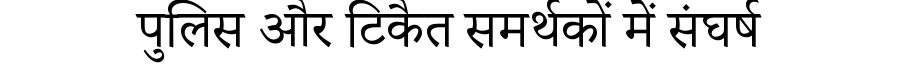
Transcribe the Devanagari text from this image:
पुलिस और टिकैत समर्थकों में संघर्ष